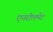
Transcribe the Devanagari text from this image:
एनरोलमेंट